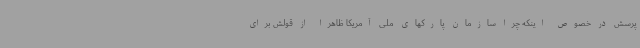
پرسش در خصوص اینکه چرا سازمان پارکهای ملی آمریکا ظاهرا از قولش برای